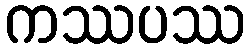
ကဿပဿ